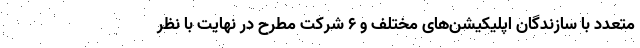
متعدد با سازندگان اپلیکیشن‌های مختلف و ۶ شرکت مطرح در نهایت با نظر